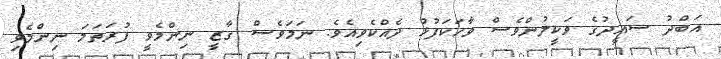
އަބްދު ސައީދުގެ ވަކީލުންވެސް ވާހަކަފުޅުު ދެއްކެވިއެވެ. ނަމަވެސް ގާޒީ ނިންމެވީ ފުރަތަމަ ނިންމެވި